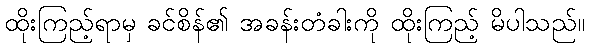
ထိုးကြည့်ရာမှ ခင်စိန်၏ အခန်းတံခါးကို ထိုးကြည့် မိပါသည်။